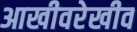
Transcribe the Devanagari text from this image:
आखीवरेखीव